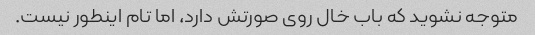
متوجه نشوید که باب خال روی صورتش دارد، اما تام اینطور نیست.